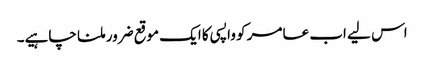
اس لیے اب عامر کو واپسی کا ایک موقع ضرور ملنا چاہیے۔